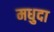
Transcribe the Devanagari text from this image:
मधुदा